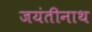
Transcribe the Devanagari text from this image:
जयंतीनाथ